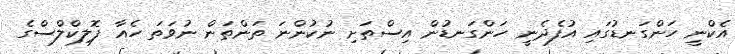
އެކްނީ ހަންގަނޑުގައި އުފެދެނީ ހަންގަނޑުން އިސްތަށި ނުކުންނަ ތަންތަން ނުވަތަ ހެއާ ފޮލިކްލްސްގެ